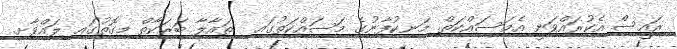
ރައީސް އެކުރައްވަނީ އެމަސައްކަތް. މަނިކުފާނުގެ މަސައްކަތުގައި  ތައާލާ ބަރަކާތް މިގޮތުގައި ލައްވާށި.